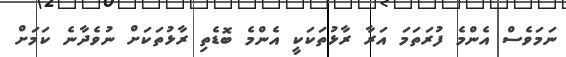
ނަމަވެސް އެންމެ ފުރަތަމަ އަރާ ރާޅުތަކަކީ އެންމެ ބޮޑެތި ރާޅުތަކަށް ނުވެދާނެ ކަމަށް